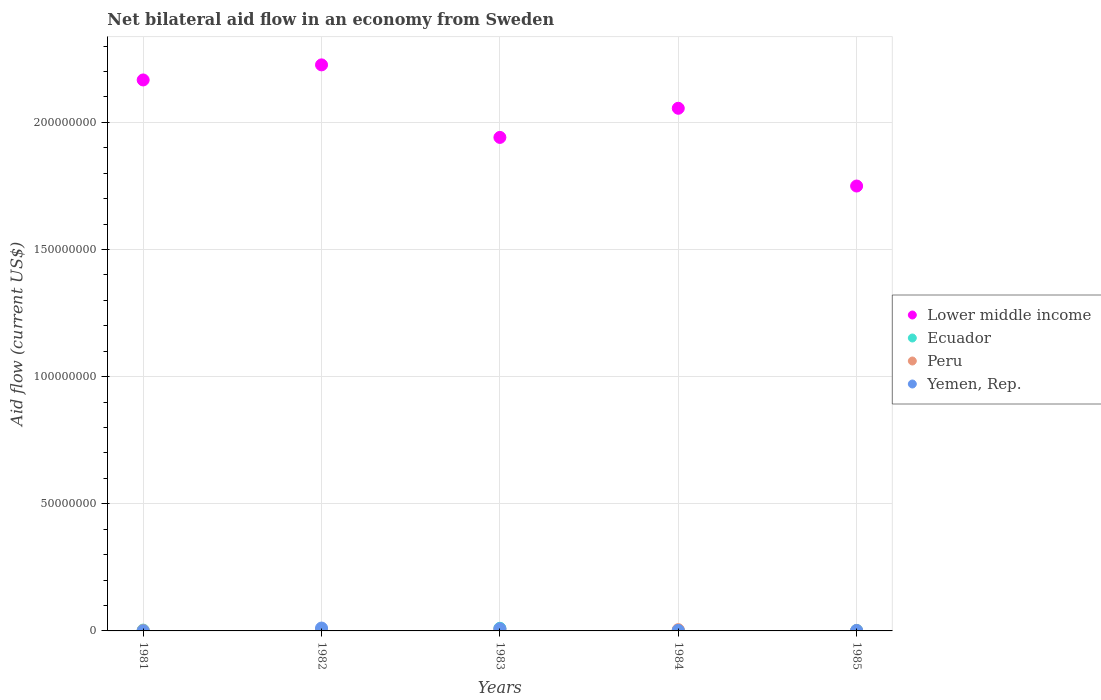
| Years | Lower middle income | Ecuador | Peru | Yemen, Rep. |
 | --- | --- | --- | --- | --- |
 | 1981 | 2.17e+08 | 3.3e+05 | 1.2e+05 | 3e+04 |
 | 1982 | 2.23e+08 | 4.4e+05 | 2e+05 | 1.13e+06 |
 | 1983 | 1.94e+08 | 1.04e+06 | 6.1e+05 | 8.5e+05 |
 | 1984 | 2.06e+08 | 1.6e+05 | 5e+05 | 2.1e+05 |
 | 1985 | 1.75e+08 | 2.1e+05 | 1.1e+05 | 1.6e+05 |